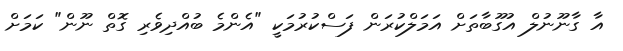
އާ ގާނޫނުލް އުގޫބާތަށް އަމަލްކުރަން ފަސްކުރުމަކީ "އެންމެ ބުއްދިވެރި ގޮތް ނޫން" ކަމަށް